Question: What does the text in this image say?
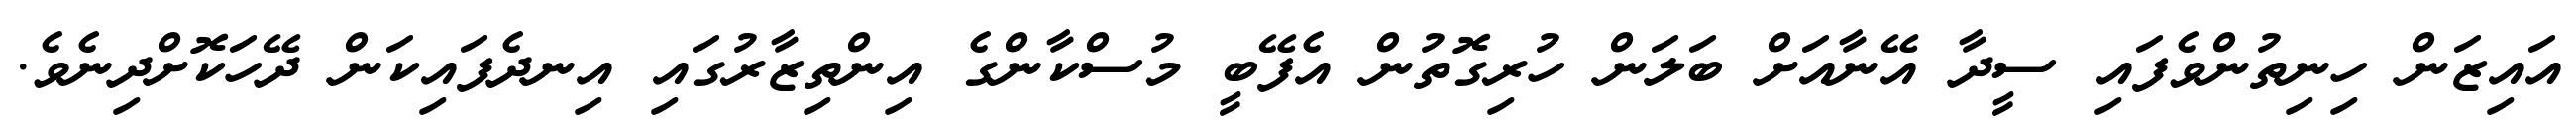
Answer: އައިޒަން ހިނިތުންވެފައި ސީދާ އޭނާއަށް ބަލަން ހުރިގޮތުން އެފޭބީ މުސްކާންގެ އިންތިޒާރުގައި އިނދެފައިކަން ދޭހަކޮށްދިނެވެ.